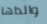
والداها